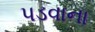
પડવાના